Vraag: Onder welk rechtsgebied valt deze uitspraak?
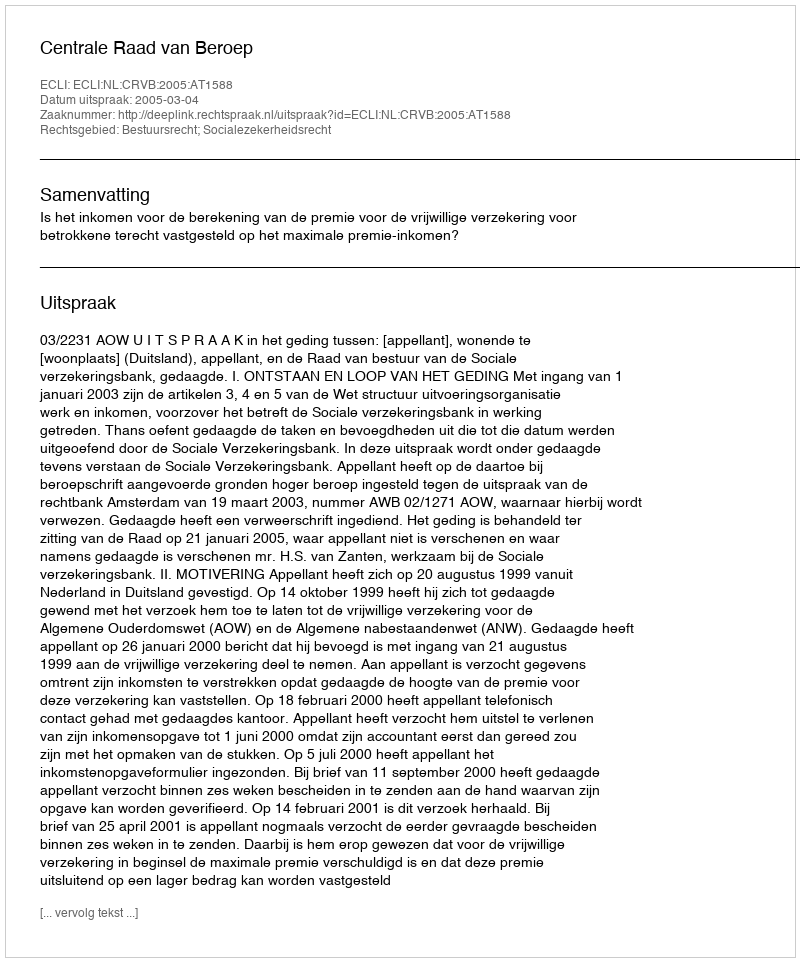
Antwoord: Bestuursrecht; Socialezekerheidsrecht